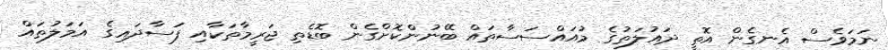
ނަމަވެސް އެނގެން އޮތީ ދައުލަތުގެ މުއައްސަސާތައް ބޭނުންކޮށްގެން ބޮޑެތި ޖަރީމާތަކާއި ފަސާދައިގެ އަމަލުތައް